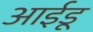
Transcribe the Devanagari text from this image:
आईडू